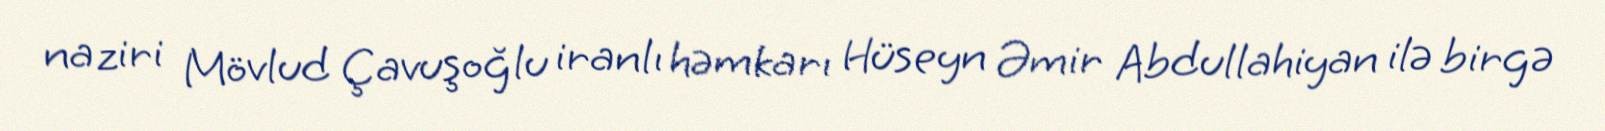
naziri Mövlud Çavuşoğlu iranlı həmkarı Hüseyn Əmir Abdullahiyan ilə birgə